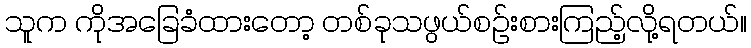
သူက ကိုအခြေခံထားတော့ တစ်ခုသဖွယ်စဉ်းစားကြည့်လို့ရတယ်။